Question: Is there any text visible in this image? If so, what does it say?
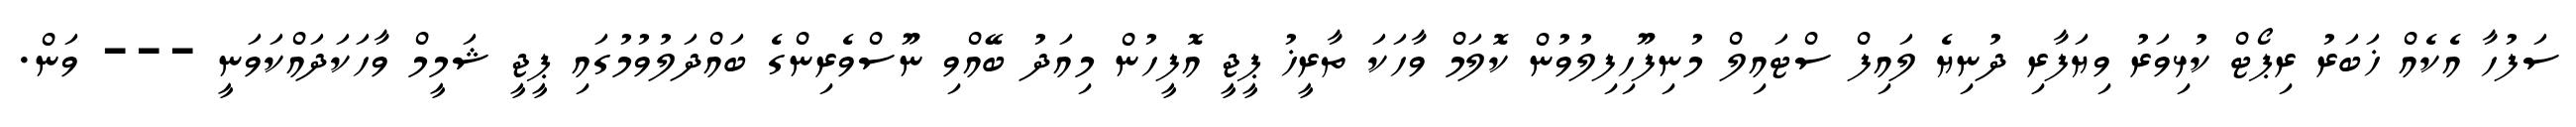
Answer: ސަފުހާ އެކެއް ޚަބަރު ރިޕޯޓް ކުޅިވަރު ވިޔަފާރި ދުނިޔެ ލައިފް ސްޓައިލް މުނިފޫހިފިލުވުން ކޮލަމް ވާހަކަ ތާރީޚު ޕީޖީ އޮފީހުން މިއަދު ބޭއްވި ނޫސްވެރިންގެ ބައްދަލުވުމުގައި ޕީޖީ ޝަމީމް ވާހަކަދައްކަވަނީ --- ވަން.